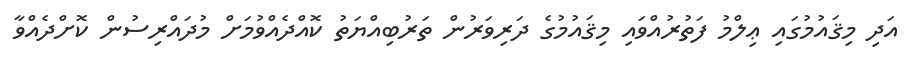
އަދި މިޤައުމުގައި ޢިލްމު ފަތުރުއްވައި މިޤައުމުގެ ދަރިވަރުން ތަރުބިއްޔަތު ކޮއްދެއްވުމަށް މުދައްރިސުން ކޮށްދެއްވާ